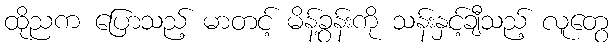
ထိုညက ပြောသည့် မာတင့် မိန့်ခွန်းကို သန်းနှင့်ချီသည့် လူတွေ